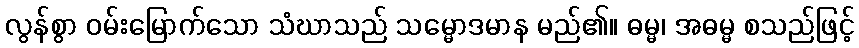
လွန်စွာ ဝမ်းမြောက်သော သံဃာသည် သမ္မောဒမာန မည်၏။ ဓမ္မ၊ အဓမ္မ စသည်ဖြင့်